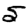
Digit: 5